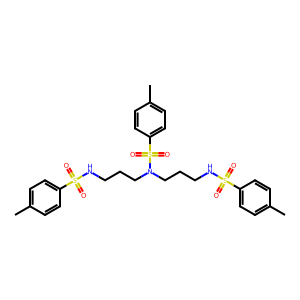
SMILES: Cc1ccc(S(=O)(=O)NCCCN(CCCNS(=O)(=O)c2ccc(C)cc2)S(=O)(=O)c2ccc(C)cc2)cc1
Inhibits HIV replication: No